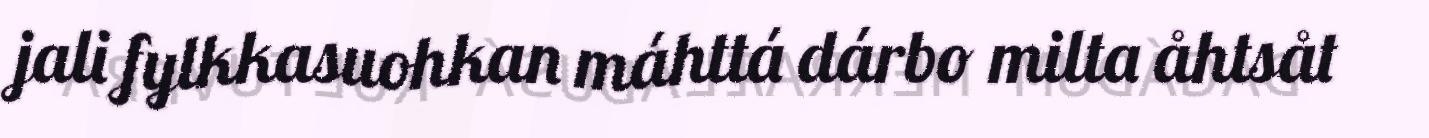
jali fylkkasuohkan máhttá dárbo milta åhtsåt